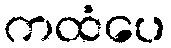
ကထံပေ